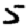
Digit: 5